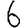
Digit: 6